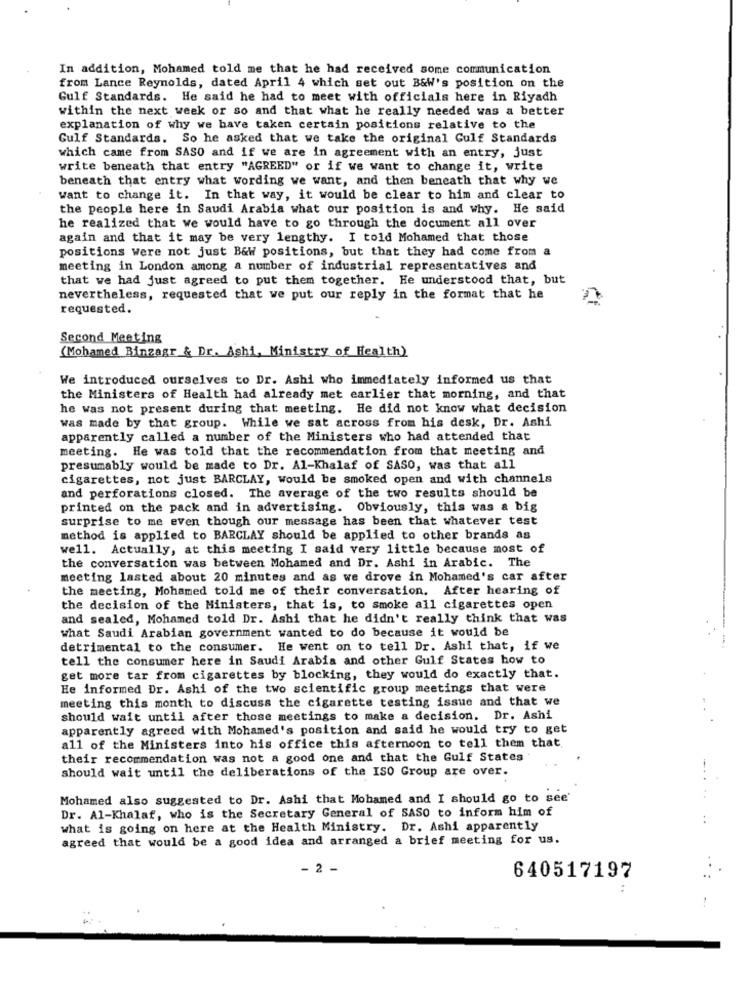
In addition, Mohamed told me that he had received some communication
from Lance Reynolds, dated April 4 which set out B&W's position on the
Gulf Standards. He said he had to meet with officials here in Riyadh
within the next week or so and that what he really needed was a better
explanation of why we have taken certain positions relative to the
Gulf Standards. So he asked that we take the original Gulf Standards
which came from SASO and if we are in agreement with an entry, just
write beneath that entry "AGREED" or if we want to change it, write
beneath that entry what wording we want, and then beneath that why we
want to change it. In that way, it would be clear to him and clear to
the people here in Saudi Arabia what our position is and why. He said
he realized that we would have to go through the document all over
again and that it may be very lengthy. I told Mohamed that those
positions were not just B&w positions, but that they had come from a
meeting in London among a number of industrial representatives and
that we had just agreed to put them together. He understood that, but
nevertheless, requested that we put our reply in the format that he
requested.
Second Meeting
(Mohamed Binzagr & Dr. Ashi, Ministry of Health)
We introduced ourselves to Dr. Ashi who immediately informed us that
the Ministers of Health had already met earlier that morning, and that
he was not present during that meeting. He did not know what decision
was made by that group. While we sat across from his desk, Dr. Ashi
apparently called a number of the Ministers who had attended that
meeting. He was told that the recommendation from that meeting and
presumably would be made to Dr. Al-Khalaf of SASO, was that all
cigarettes, not just BARCLAY, would be smoked open and with channels
and perforations closed. The average of the two results should be
printed on the pack and in advertising. Obviously, this was a big
surprise to me even though our message has been that whatever test
method is applied to BARCLAY should be applied to other brands as
well. Actually, at this meeting I said very little because most of
the conversation was between Mohamed and Dr. Ashi in Arabic. The
meeting lasted about 20 minutes and as we drove in Mohamed's car after
the meeting, Mohamed told me of their conversation. After hearing of
the decision of the Ministers, that is, to smoke all cigarettes open
and sealed, Mohamed told Dr. Ashi that he didn't really think that was
what Saudi Arabian government wanted to do because it would be
detrimental to the consumer. He went on to tell Dr. Ashi that, if we
tell the consumer here in Saudi Arabia and other Gulf States how to
get more tar from cigarettes by blocking, they would do exactly that.
He informed Dr. Ashi of the two scientific group meetings that were
meeting this month to discuss the cigarette testing issue and that we
should wait until after those meetings to make a decision. Dr. Ashi
apparently agreed with Mohamed's position and said he would try to get
all of the Ministers into his office this afternoon to tell them that
their recommendation was not a good one and that the Gulf States .
should wait until the deliberations of the ISO Group are over.
Mohamed also suggested to Dr. Ashi that Mohamed and I should go to see'
Dr. Al-Khalaf, who is the Secretary General of SASO to inform him of
what is going on here at the Health Ministry. Dr. Ashi apparently
agreed that would be a good idea and arranged a brief meeting for us.
- 2 -
640517197